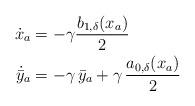
LaTeX: \begin{align*} \dot{{x}}_a &=-\gamma\dfrac{ b_{1,\delta}(x_a)}{2 }\\\dot{\bar{y}}_a & = -\gamma\, \bar{y}_a + \gamma\, \dfrac{a_{0, \delta}({x}_a)}{2}\end{align*}